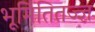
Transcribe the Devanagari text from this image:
भूमितितज्ज्ञ